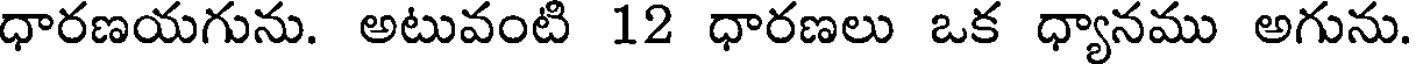
ధారణయగును. అటువంటి 12 ధారణలు ఒక ధ్యానము అగును.